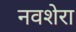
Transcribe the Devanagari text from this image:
नवशेरा